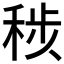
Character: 𮃊